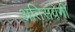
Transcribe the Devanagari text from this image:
अतिसंवेगी